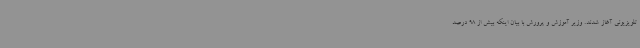
تلویزیونی آغاز شدند. وزیر آموزش و پرورش با بیان اینکه بیش از 98 درصد